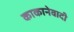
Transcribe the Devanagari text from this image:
काकानेवादी